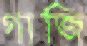
গাজি